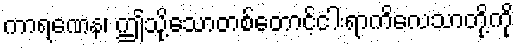
ကာရဏေန၊ ဤသို့သောတစ်တောင့်ငါးရာကိလေသာတို့ကို